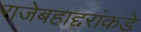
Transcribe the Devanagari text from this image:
राजेबहाद्दरांकडे